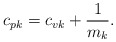
\begin{align*}c_{pk}=c_{vk}+\frac{1}{m_k}.\end{align*}